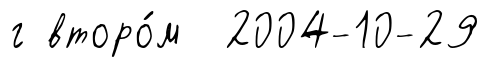
г второ́м 2004-10-29